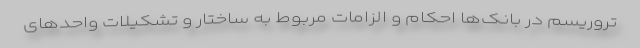
تروریسم در بانک‌ها احکام و الزامات مربوط به ساختار و تشکیلات واحدهای